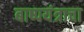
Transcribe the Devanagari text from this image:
बाष्पयंत्राचा